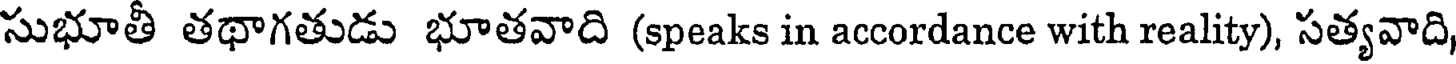
సుభూతీ తథాగతుడు భూతవాది (speaks in accordance with reality), సత్యవాది